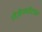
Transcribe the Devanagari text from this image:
रोज़ेनमोंटाक